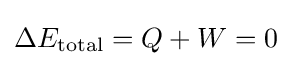
\Delta E_{\text{total}}=Q+W=0